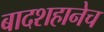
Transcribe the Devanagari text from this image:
बादशहानेच